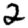
Digit: 2